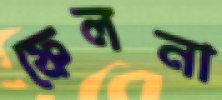
ফেলনা